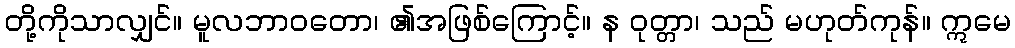
တို့ကိုသာလျှင်။ မူလဘာဝတော၊ ၏အဖြစ်ကြောင့်။ န ဝုတ္တာ၊ သည် မဟုတ်ကုန်။ ဣမေ